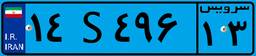
۹۳S۳۵۷۸۸